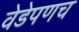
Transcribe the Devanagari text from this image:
वेडेपणच